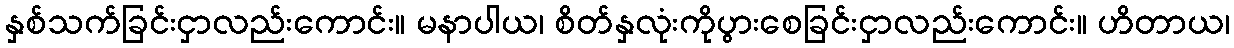
နှစ်သက်ခြင်းငှာလည်းကောင်း။ မနာပါယ၊ စိတ်နှလုံးကိုပွားစေခြင်းငှာလည်းကောင်း။ ဟိတာယ၊